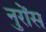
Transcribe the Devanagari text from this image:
नुरोंस